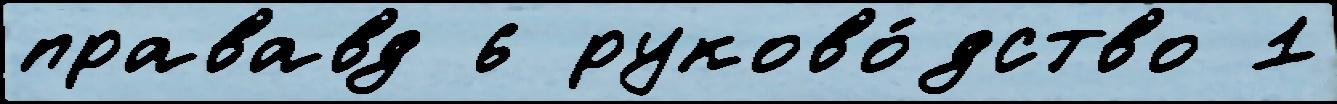
прававд 6 руково́дство 1